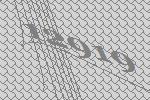
12919